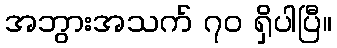
အဘွားအသက် ၇၀ ရှိပါပြီ။